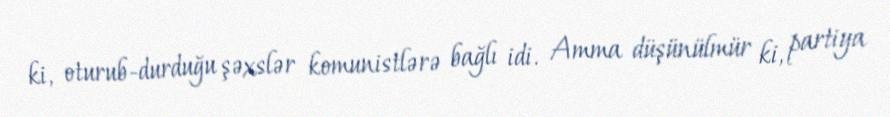
ki, oturub-durduğu şəxslər komunistlərə bağlı idi. Amma düşünülmür ki, partiya